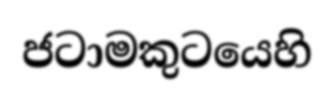
ජටාමකුටයෙහි